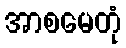
အာစမေတုံ